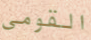
القومى